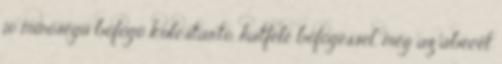
jó minőségű böfögő kulcstartó, hatféle böfögéssel, még az ábécét